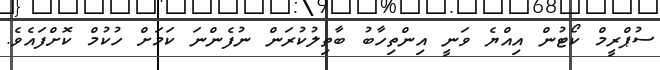
ސުޕްރީމް ކޯޓުން އިއްޔެ ވަނީ އިންތިހާބު ބާތިލުކުރަން ނުފެންނަ ކަމަށް ހުކުމް ކޮށްފައެވެ.